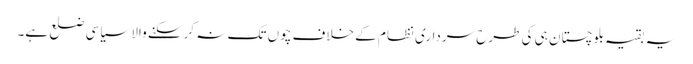
یہ بقیہ بلوچستان ہی کی طرح سرداری نظام کے خلاف چوں تک نہ کرسکنے والا سیاسی ضلع ہے۔